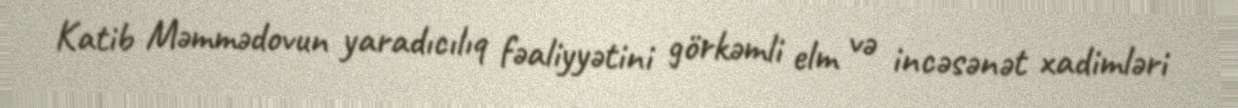
Katib Məmmədovun yaradıcılıq fəaliyyətini görkəmli elm və incəsənət xadimləri